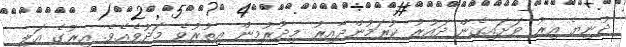
ދުނިޔެ އިރު ވަށައިގެން ދައުރު ކުރަމުންދާއިރު މިދުރުމިން އިތުރުވެ މަދުވެއެވެ. އިރުގެ އަލި